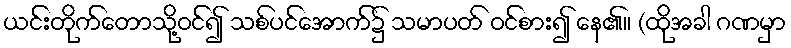
ယင်းတိုက်တောသို့ဝင်၍ သစ်ပင်အောက်၌ သမာပတ် ဝင်စား၍ နေ၏။ (ထိုအခါ ဂဏမှာ